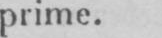
prime.